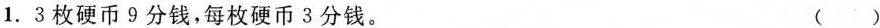
1. 3枚硬币9分钱,每枚硬币3分钱。 （）